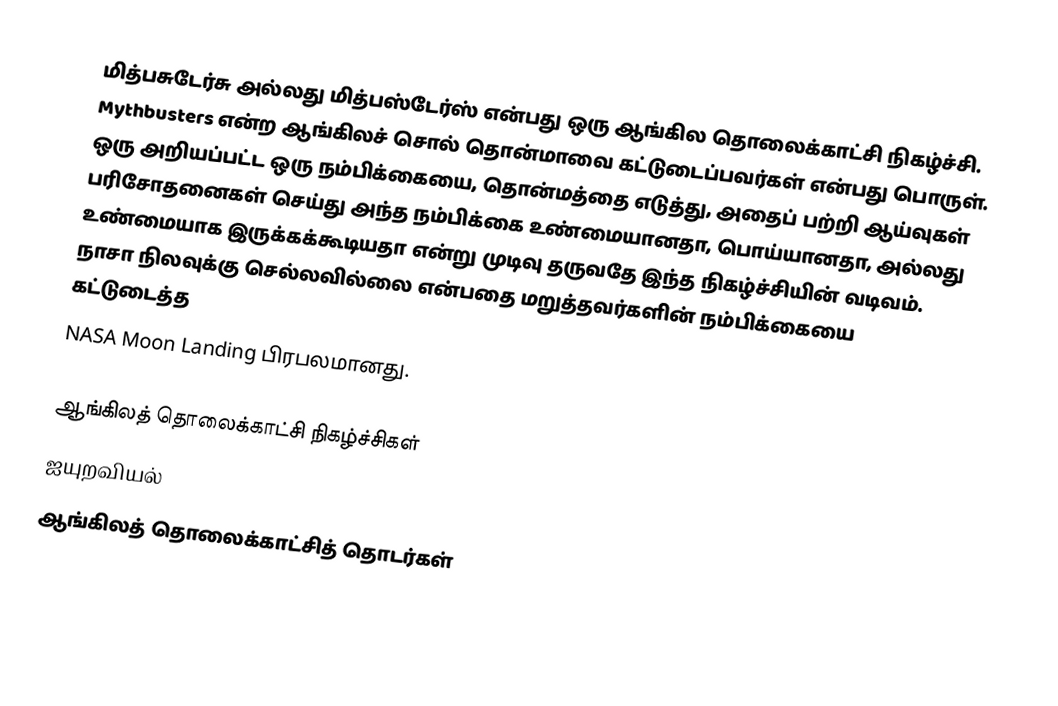
மித்பசுடேர்சு அல்லது மித்பஸ்டேர்ஸ் என்பது ஒரு ஆங்கில தொலைக்காட்சி நிகழ்ச்சி. Mythbusters என்ற ஆங்கிலச் சொல் தொன்மாவை கட்டுடைப்பவர்கள் என்பது பொருள். ஒரு அறியப்பட்ட ஒரு நம்பிக்கையை, தொன்மத்தை எடுத்து, அதைப் பற்றி ஆய்வுகள் பரிசோதனைகள் செய்து அந்த நம்பிக்கை உண்மையானதா, பொய்யானதா, அல்லது உண்மையாக இருக்கக்கூடியதா என்று முடிவு தருவதே இந்த நிகழ்ச்சியின் வடிவம். நாசா நிலவுக்கு செல்லவில்லை என்பதை மறுத்தவர்களின் நம்பிக்கையை கட்டுடைத்த
NASA Moon Landing பிரபலமானது.

ஆங்கிலத் தொலைக்காட்சி நிகழ்ச்சிகள்
ஐயுறவியல்
ஆங்கிலத் தொலைக்காட்சித் தொடர்கள்